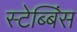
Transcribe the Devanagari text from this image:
स्टेब्बिंस